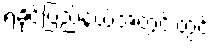
ရခိုင်ပြည်နယ်အတွင်းတွင်